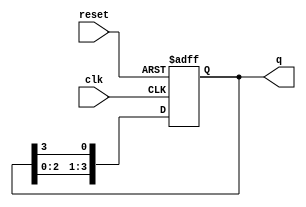
module ring_counter (
    input wire clk,        // Clock input
    input wire reset,      // Asynchronous reset input
    output reg [N-1:0] q   // Output state of the ring counter
);
    parameter N = 4; // Number of flip-flops (change as needed)

    // Initial state
    initial begin
        q = 1'b1; // Start with the first flip-flop set to high
    end

    // Sequential logic for the ring counter
    always @(posedge clk or posedge reset) begin
        if (reset) begin
            q <= 1'b1; // Reset state: only the first flip-flop is high
        end else begin
            q <= {q[N-2:0], q[N-1]}; // Shift the high state to the next flip-flop
        end
    end
endmodule